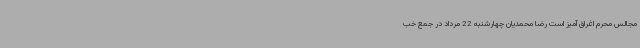
مجالس محرم اغراق آمیز است رضا محمدیان چهارشنبه 22 مرداد در جمع خب